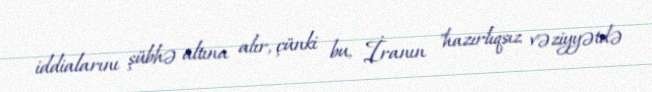
iddialarını şübhə altına alır, çünki bu, İranın "hazırlıqsız vəziyyətdə